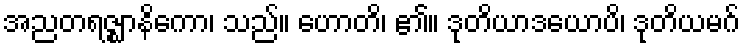
အညတရဇ္ဈာနိကော၊ သည်။ ဟောတိ၊ ၏။ ဒုတိယာဒယောပိ၊ ဒုတိယမဂ်